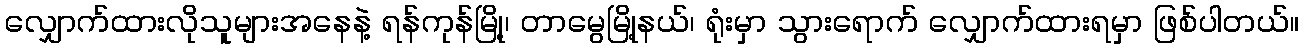
လျှောက်ထားလိုသူများအနေနဲ့ ရန်ကုန်မြို့၊ တာမွေမြို့နယ်၊ ရုံးမှာ သွားရောက် လျှောက်ထားရမှာ ဖြစ်ပါတယ်။